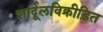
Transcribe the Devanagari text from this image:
शार्दूलविक्रीड़ित